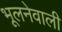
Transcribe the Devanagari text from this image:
भूलनेवाली